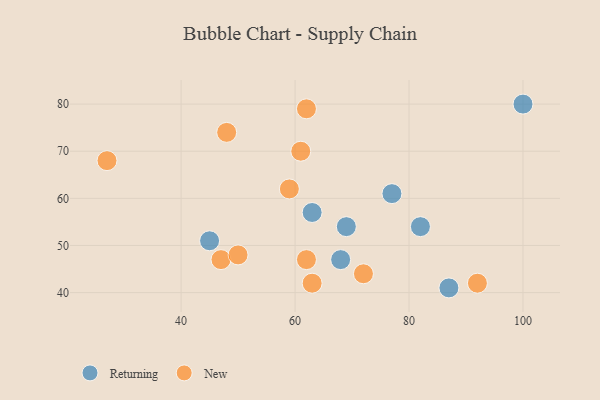
{"axis": {"x": "GDP", "y": "Life Expectancy"}, "legend": ["New", "Returning"], "data": [{"x": "63", "y": 57, "type": "Returning"}, {"x": "69", "y": 54, "type": "Returning"}, {"x": "77", "y": 61, "type": "Returning"}, {"x": "68", "y": 47, "type": "Returning"}, {"x": "82", "y": 54, "type": "Returning"}, {"x": "100", "y": 80, "type": "Returning"}, {"x": "87", "y": 41, "type": "Returning"}, {"x": "45", "y": 51, "type": "Returning"}, {"x": "47", "y": 47, "type": "New"}, {"x": "63", "y": 42, "type": "New"}, {"x": "72", "y": 44, "type": "New"}, {"x": "61", "y": 70, "type": "New"}, {"x": "50", "y": 48, "type": "New"}, {"x": "48", "y": 74, "type": "New"}, {"x": "27", "y": 68, "type": "New"}, {"x": "92", "y": 42, "type": "New"}, {"x": "59", "y": 62, "type": "New"}, {"x": "62", "y": 79, "type": "New"}, {"x": "62", "y": 47, "type": "New"}]}